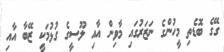
ގޭގެ ބޮޑެތި މީހުންގެ ނަޒަރުގައި މާވިން އާއި ލޫސީގެ ގުޅުމަކީ ޒޭބާ އާއި